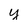
Character: y